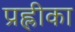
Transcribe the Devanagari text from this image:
प्रह्लीका